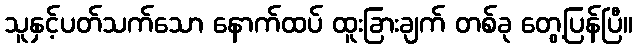
သူနှင့်ပတ်သက်သော နောက်ထပ် ထူးခြားချက် တစ်ခု တွေ့ပြန်ပြီ။